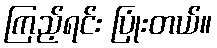
ကြည့်ရင်း ပြုံးတယ်။